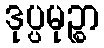
ဒုပ္ပမုဉ္စာ